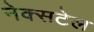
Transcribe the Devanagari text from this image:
नेक्सटेल